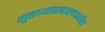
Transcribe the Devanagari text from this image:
गुडघ्याखालपर्यंत